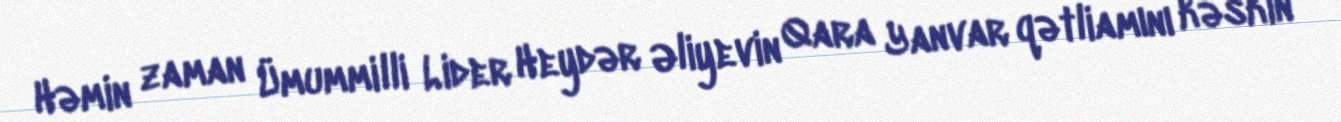
Həmin zaman Ümummilli Lider Heydər Əliyevin Qara Yanvar qətliamını kəskin